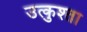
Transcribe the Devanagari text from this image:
उत्कुश्ता